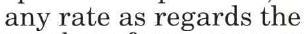
any rate as regards the